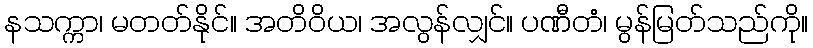
နသက္ကာ၊ မတတ်နိုင်။ အတိဝိယ၊ အလွန်လျှင်။ ပဏီတံ၊ မွန်မြတ်သည်ကို။